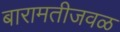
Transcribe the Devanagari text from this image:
बारामतीजवळ